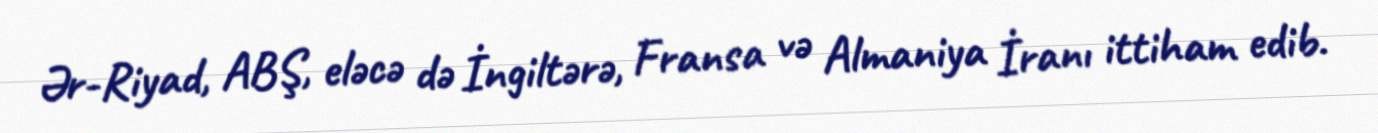
Ər-Riyad, ABŞ, eləcə də İngiltərə, Fransa və Almaniya İranı ittiham edib.